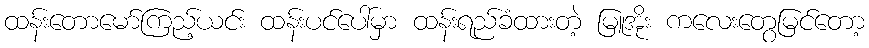
ထန်းတောမော်ကြည့်ယင်း ထန်းပင်ပေါ်မှာ ထန်းရည်ခံထားတဲ့ မြူအိုး ကလေးတွေမြင်တော့